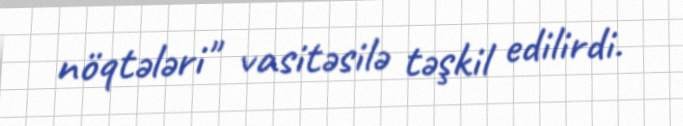
nöqtələri" vasitəsilə təşkil edilirdi.